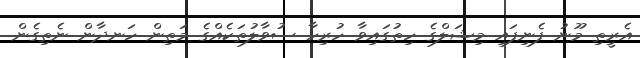
އެރީތި މޫނު ފެނިފައި މިޝަލްގެ ހިތުގައިވާ ހުރިހާ ސުވާލުތަކެއްގެ މަތިން ހަނދާން ނެތިގެން